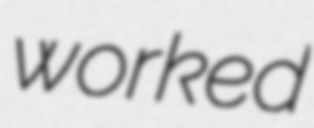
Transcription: worked